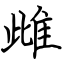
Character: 雌